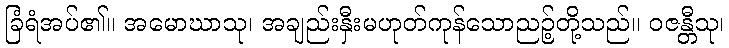
ခြံရံအပ်၏။ အမောဃာသု၊ အချည်းနှီးမဟုတ်ကုန်သောညဉ့်တို့သည်။ ဝဇန္တီသု၊